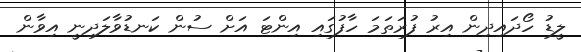
ލީޑު ހޯދައިދިން އިރު ފުރަތަމަ ހާފުގައި އިންޓަ އަށް ސުން ކަނޑުވާލަދިނީ އިވާން